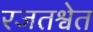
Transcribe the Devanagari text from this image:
रजतश्वेत